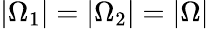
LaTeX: |\Omega_{1}|=|\Omega_{2}|=|\Omega|